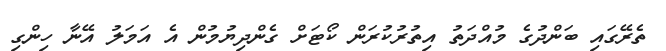
ތެރޭގައި ބަންދުގެ މުއްދަތު އިތުރުކުރަން ކޯޓަށް ގެންދިޔުމުން އެ އަމަލު އޭނާ ހިންގި